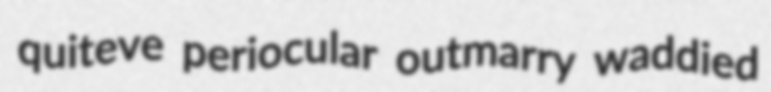
quiteve periocular outmarry waddied